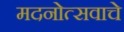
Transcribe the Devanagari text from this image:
मदनोत्सवाचे